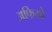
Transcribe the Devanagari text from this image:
अफियो